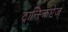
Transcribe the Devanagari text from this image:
ट्रान्स्क्रिप्टेज